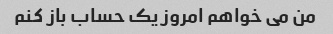
من می خواهم امروز یک حساب باز کنم